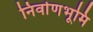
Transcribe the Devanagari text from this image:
निर्वाणभूमि